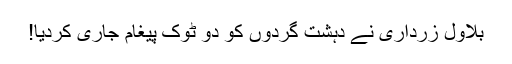
بلاول زرداری نے دہشت گردوں کو دو ٹوک پیغام جاری کردیا!